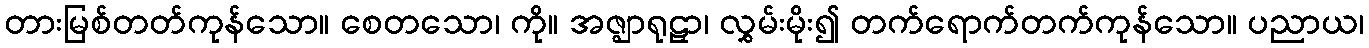
တားမြစ်တတ်ကုန်သော။ စေတသော၊ ကို။ အဇ္ဈာရုဠှာ၊ လွှမ်းမိုး၍ တက်ရောက်တက်ကုန်သော။ ပညာယ၊